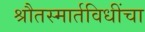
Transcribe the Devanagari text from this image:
श्रौतस्मार्तविधींचा